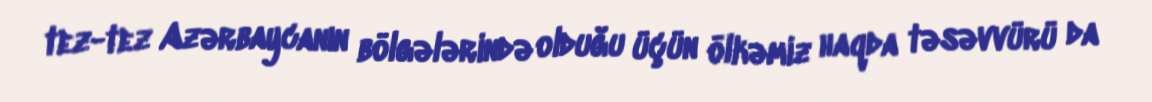
tez-tez Azərbaycanın bölgələrində olduğu üçün ölkəmiz haqda təsəvvürü da